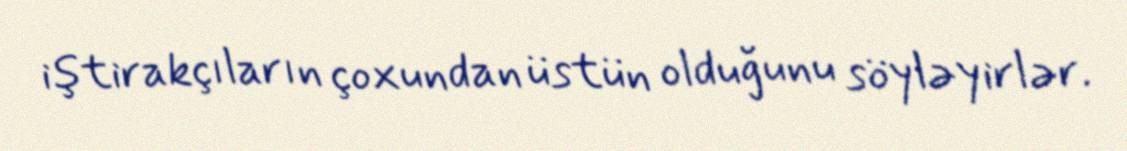
iştirakçıların çoxundan üstün olduğunu söyləyirlər.